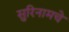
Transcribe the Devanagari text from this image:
सुरिनामचे